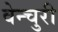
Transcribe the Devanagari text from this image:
वेन्चुरी